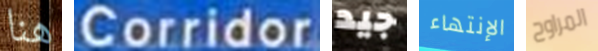
هنا Corridor جيد الإنتهاء المراوح